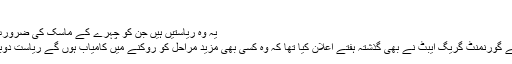
”
یہ وہ ریاستیں ہیں جن کو چہرے کے ماسک کی ضرورت ہوتی ہے
ٹیکساس کے گورنمنٹ گریگ ایبٹ نے بھی گذشتہ ہفتے اعلان کیا تھا کہ وہ کسی بھی مزید مراحل کو روکنے میں کامیاب ہوں گے ریاست دوبارہ کھولیں۔